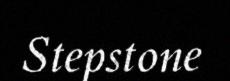
Stepstone